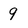
Character: 9